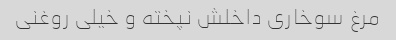
مرغ سوخاری داخلش نپخته و خیلی روغنی